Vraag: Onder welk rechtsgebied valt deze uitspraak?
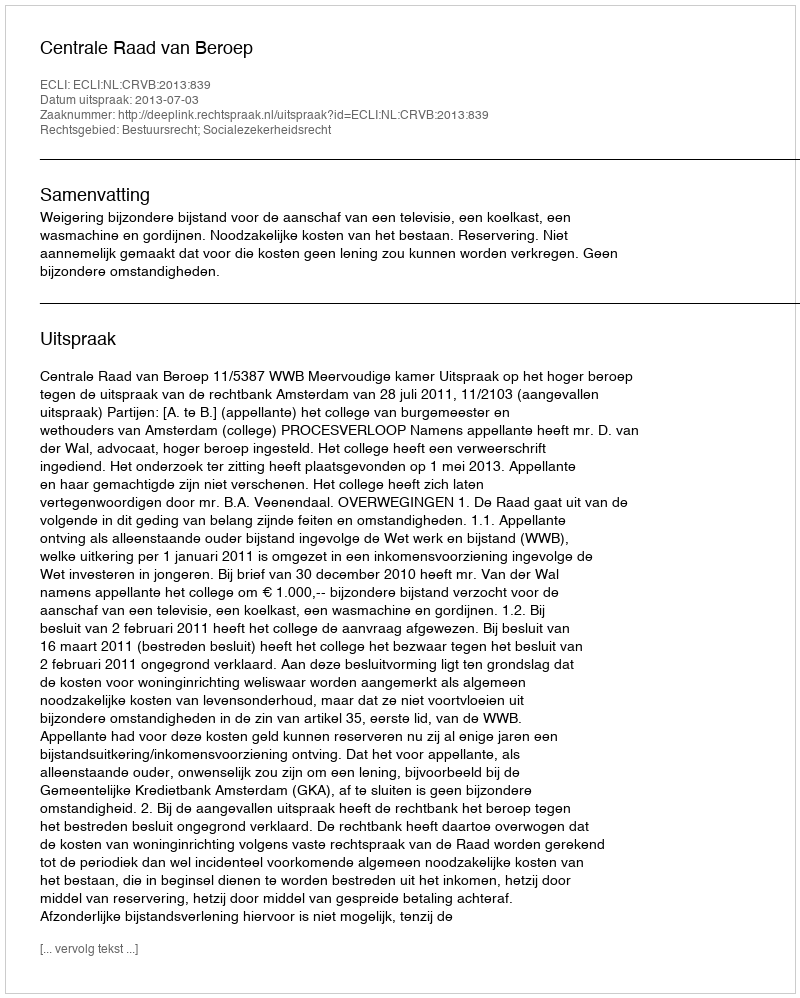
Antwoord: Bestuursrecht; Socialezekerheidsrecht